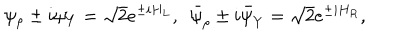
\psi _ { \rho } \pm i \psi _ { Y } = \sqrt { 2 } e ^ { \pm i H _ { L } } , ~ ~ \bar { \psi } _ { \rho } \pm i \bar { \psi } _ { Y } = \sqrt { 2 } e ^ { \pm i H _ { R } } ,